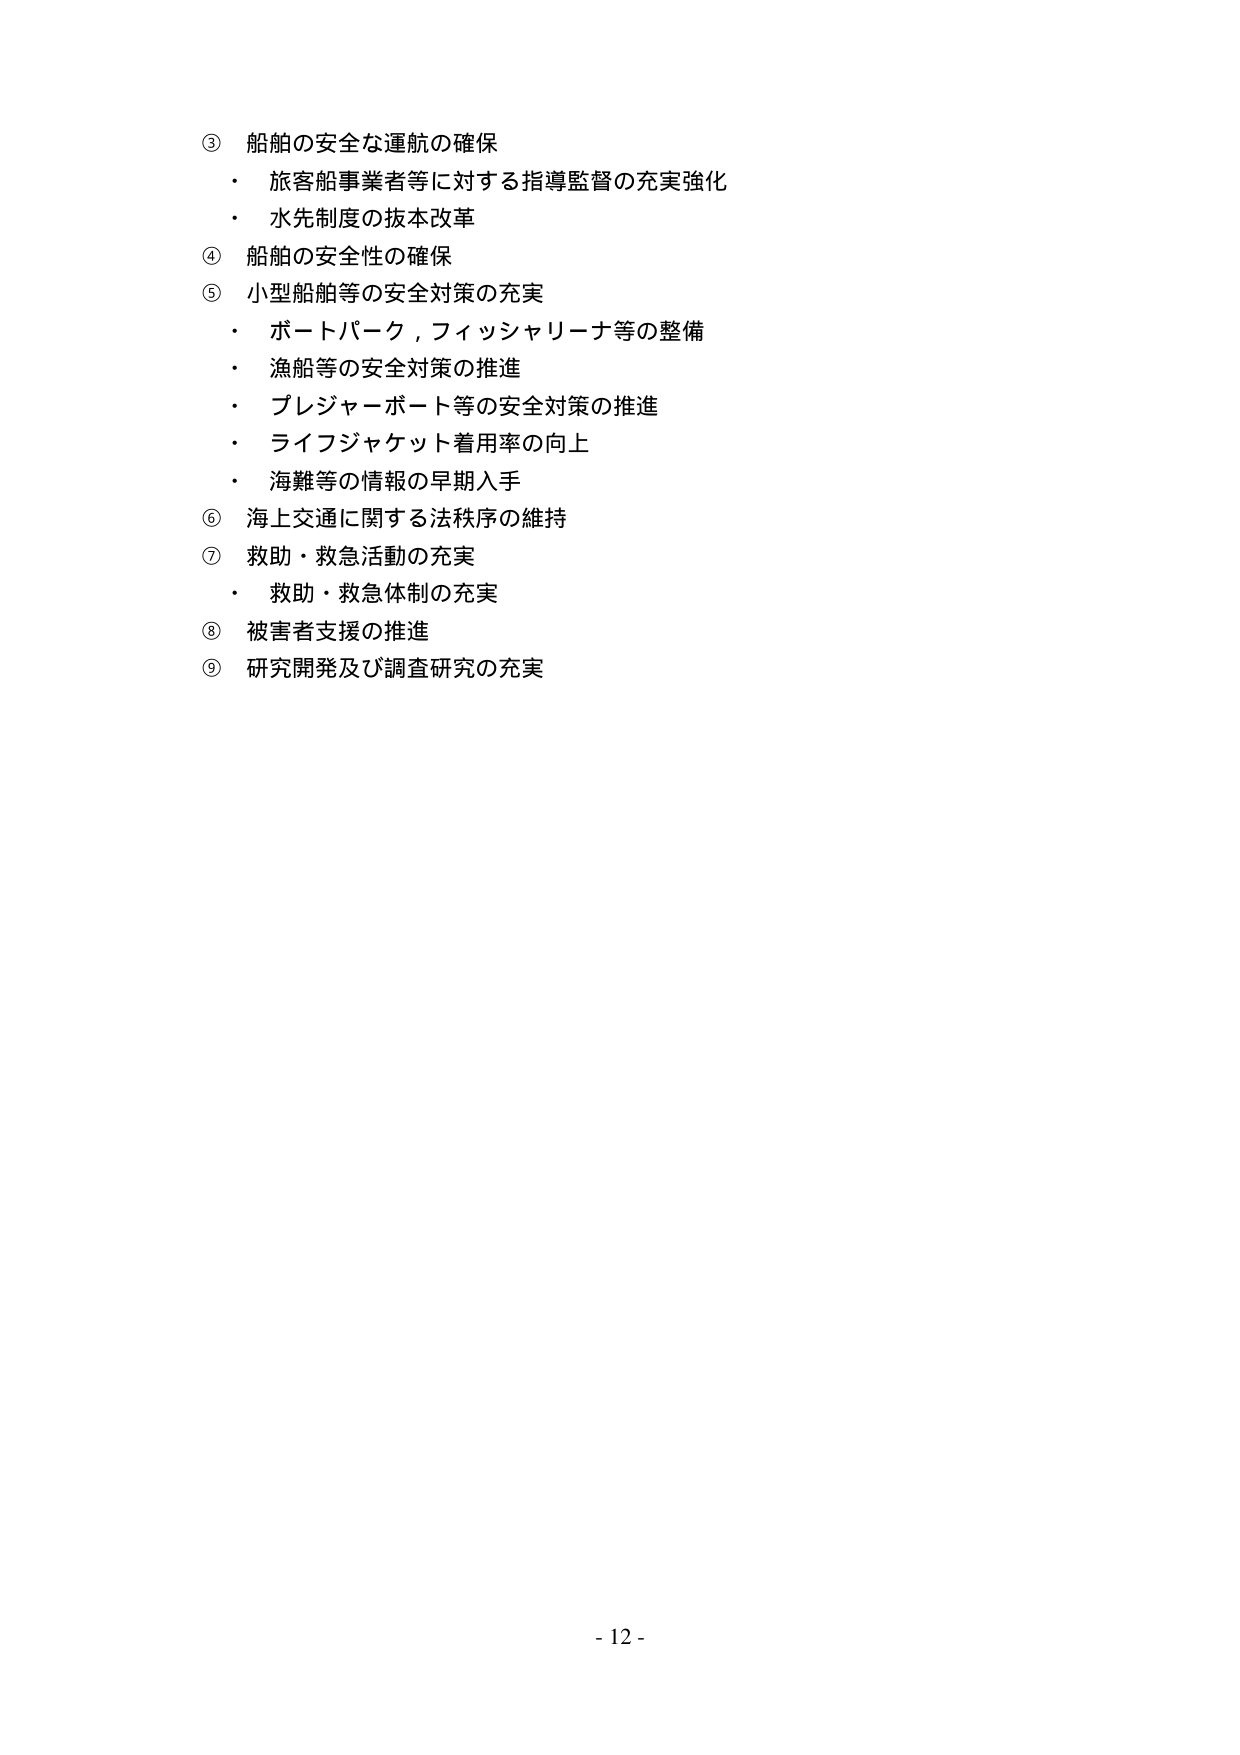
③ 船舶の安全な運航の確保
・ 旅客船事業者等に対する指導監督の充実強化
・ 水先制度の抜本改革
④ 船舶の安全性の確保
⑤ 小型船舶等の安全対策の充実
・ ボートパーク，フィッシャリーナ等の整備
・ 漁船等の安全対策の推進
・ プレジャーボート等の安全対策の推進
・ ライフジャケット着用率の向上
・ 海難等の情報の早期入手
⑥ 海上交通に関する法秩序の維持
⑦ 救助・救急活動の充実
・ 救助・救急体制の充実
⑧ 被害者支援の推進
⑨ 研究開発及び調査研究の充実

- 12 -